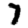
Digit: 7